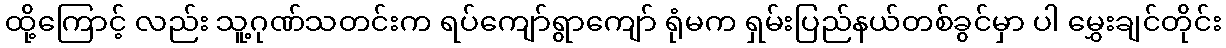
ထို့ကြောင့် လည်း သူ့ဂုဏ်သတင်းက ရပ်ကျော်ရွာကျော် ရုံမက ရှမ်းပြည်နယ်တစ်ခွင်မှာ ပါ မွှေးချင်တိုင်း